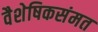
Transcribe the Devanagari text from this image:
वैशेषिकसंमत